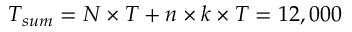
T _ { s u m } = N \times T + n \times k \times T = 1 2 , 0 0 0